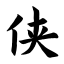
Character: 侠